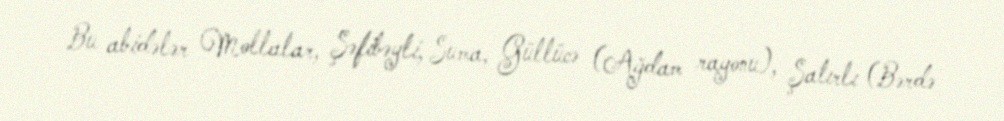
Bu abidələr Mollalar, Şəfibəyli, Suma, Güllücə (Ağdam rayonu), Şatırlı (Bərdə